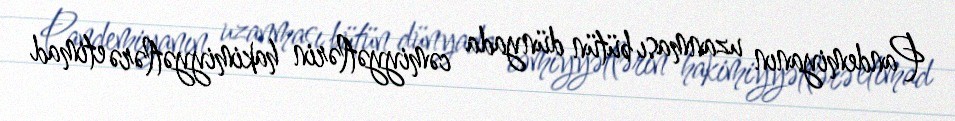
Pandemiyanın uzanması bütün dünyada cəmiyyətlərin hakimiyyətlərə etimad